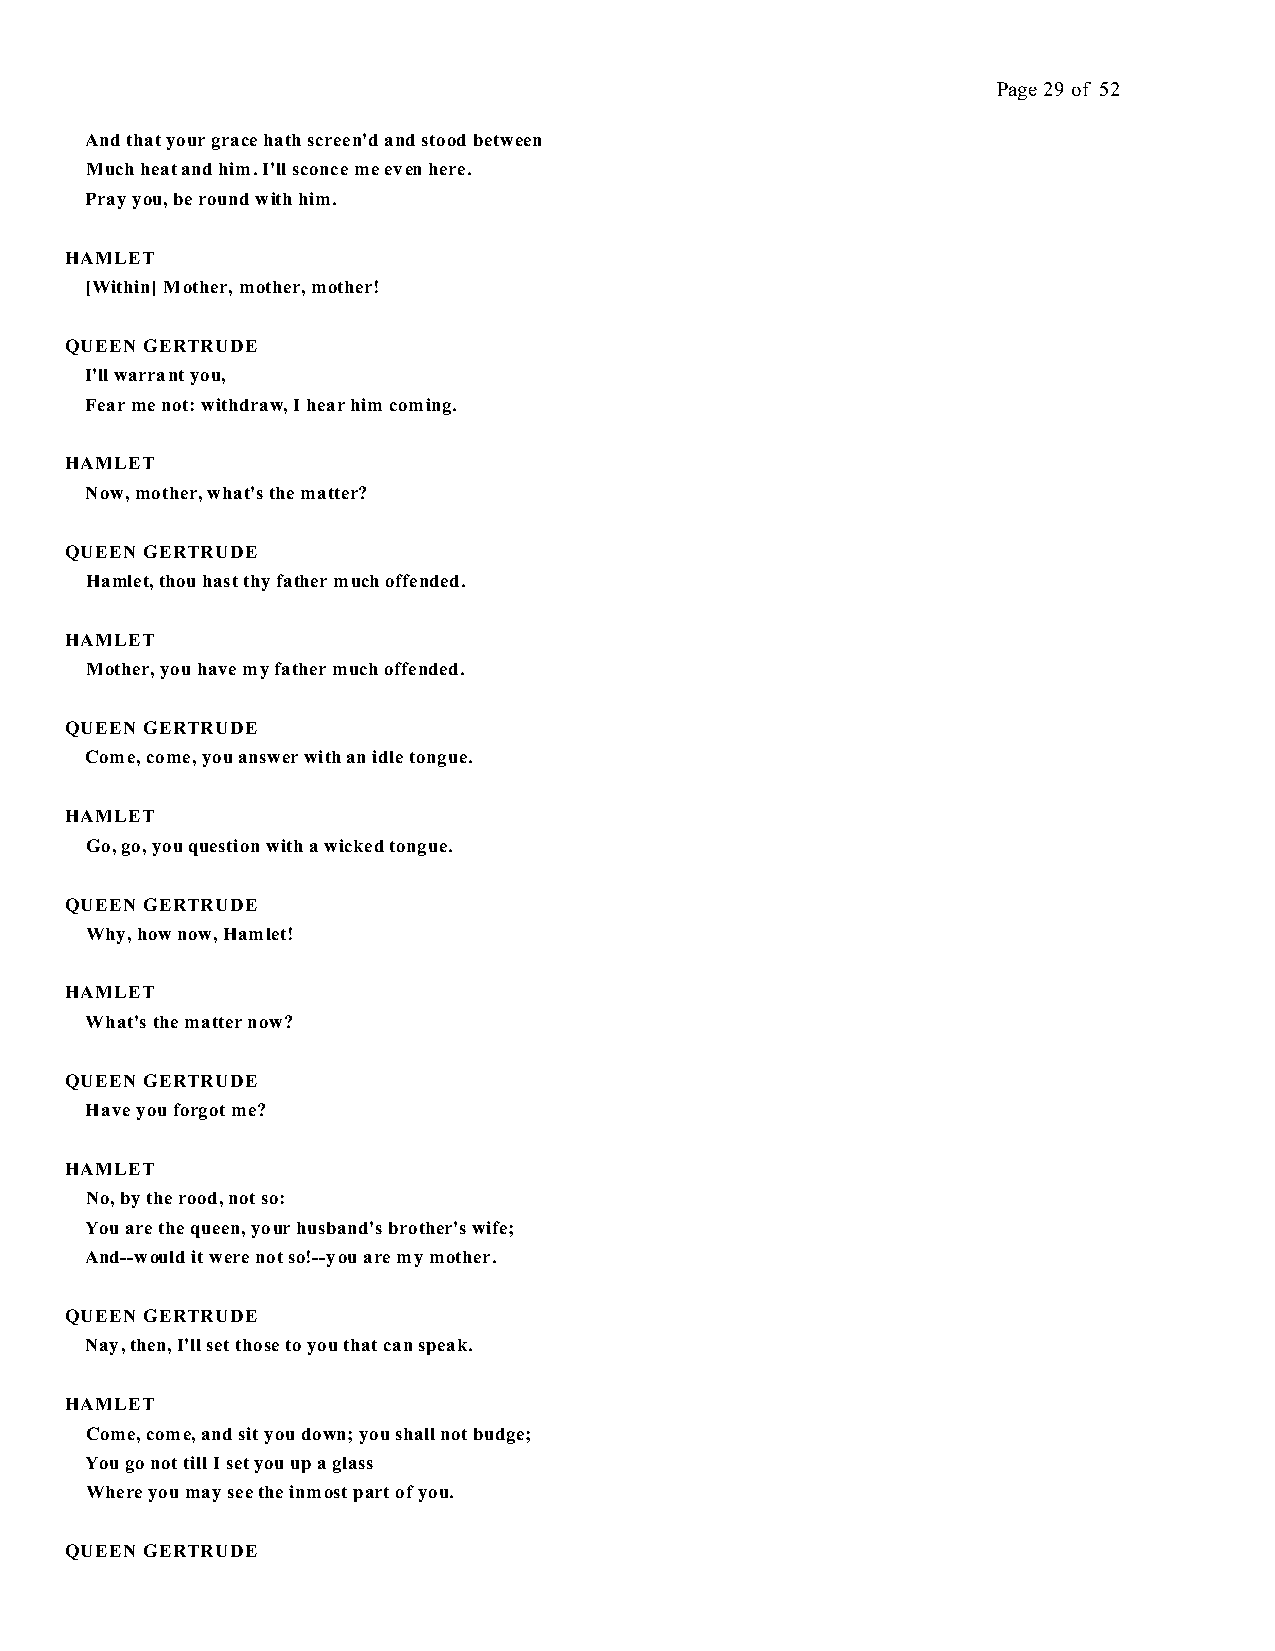
Page 29 of 52
 And that your grace hath screen'd and stood between
 Much heat and him. I'll sconce me even here.
 Pray you, be round with him.
 HAMLET
 [Within] Mother, mother, mother!
 QUEEN GERTRUDE
 I'll warrant you,
 Fear me not: withdraw, I hear him coming.
 HAMLET
 Now, mother, what's the matter?
 QUEEN GERTRUDE
 Hamlet, thou hast thy father much offended.
 HAMLET
 Mother, you have my father much offended.
 QUEEN GERTRUDE
 Come, come, you answer with an idle tongue.
 HAMLET
 Go, go, you question with a wicked tongue.
 QUEEN GERTRUDE
 Why, how now, Hamlet!
 HAMLET
 What's the matter now?
 QUEEN GERTRUDE
 Have you forgot me?
 HAMLET
 No, by the rood, not so:
 You are the queen, your husband's brother's wife;
 And--would it were not so!--you are my mother.
 QUEEN GERTRUDE
 Nay, then, I'll set those to you that can speak.
 HAMLET
 Come, come, and sit you down; you shall not budge;
 You go not till I set you up a glass
 Where you may see the inmost part of you.
 QUEEN GERTRUDE